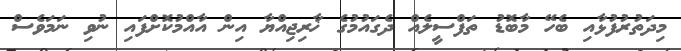
މިދަތުރުފުޅާއި ބެހޭ މާބޮޑު ތަފްސީލެއް ދެގައުމުގެ ޚާރިޖިއްޔާ އިން އާއްމުކޮށްފައި ނުވި ނަމަވެސް